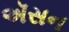
ઍસન